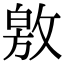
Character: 敫